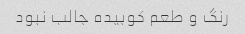
رنگ و طعم کوبیده جالب نبود